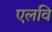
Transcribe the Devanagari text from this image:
एलवि